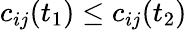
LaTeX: c_{ij}(t_{1})\leq c_{ij}(t_{2})